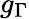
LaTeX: g_{\Gamma}